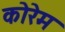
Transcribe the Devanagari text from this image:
कोरेम